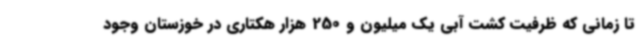
تا زمانی که ظرفیت کشت آبی یک میلیون و 250 هزار هکتاری در خوزستان وجود